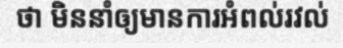
ថា មិននាំឲ្យមានការអំពល់រវល់